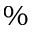
\%